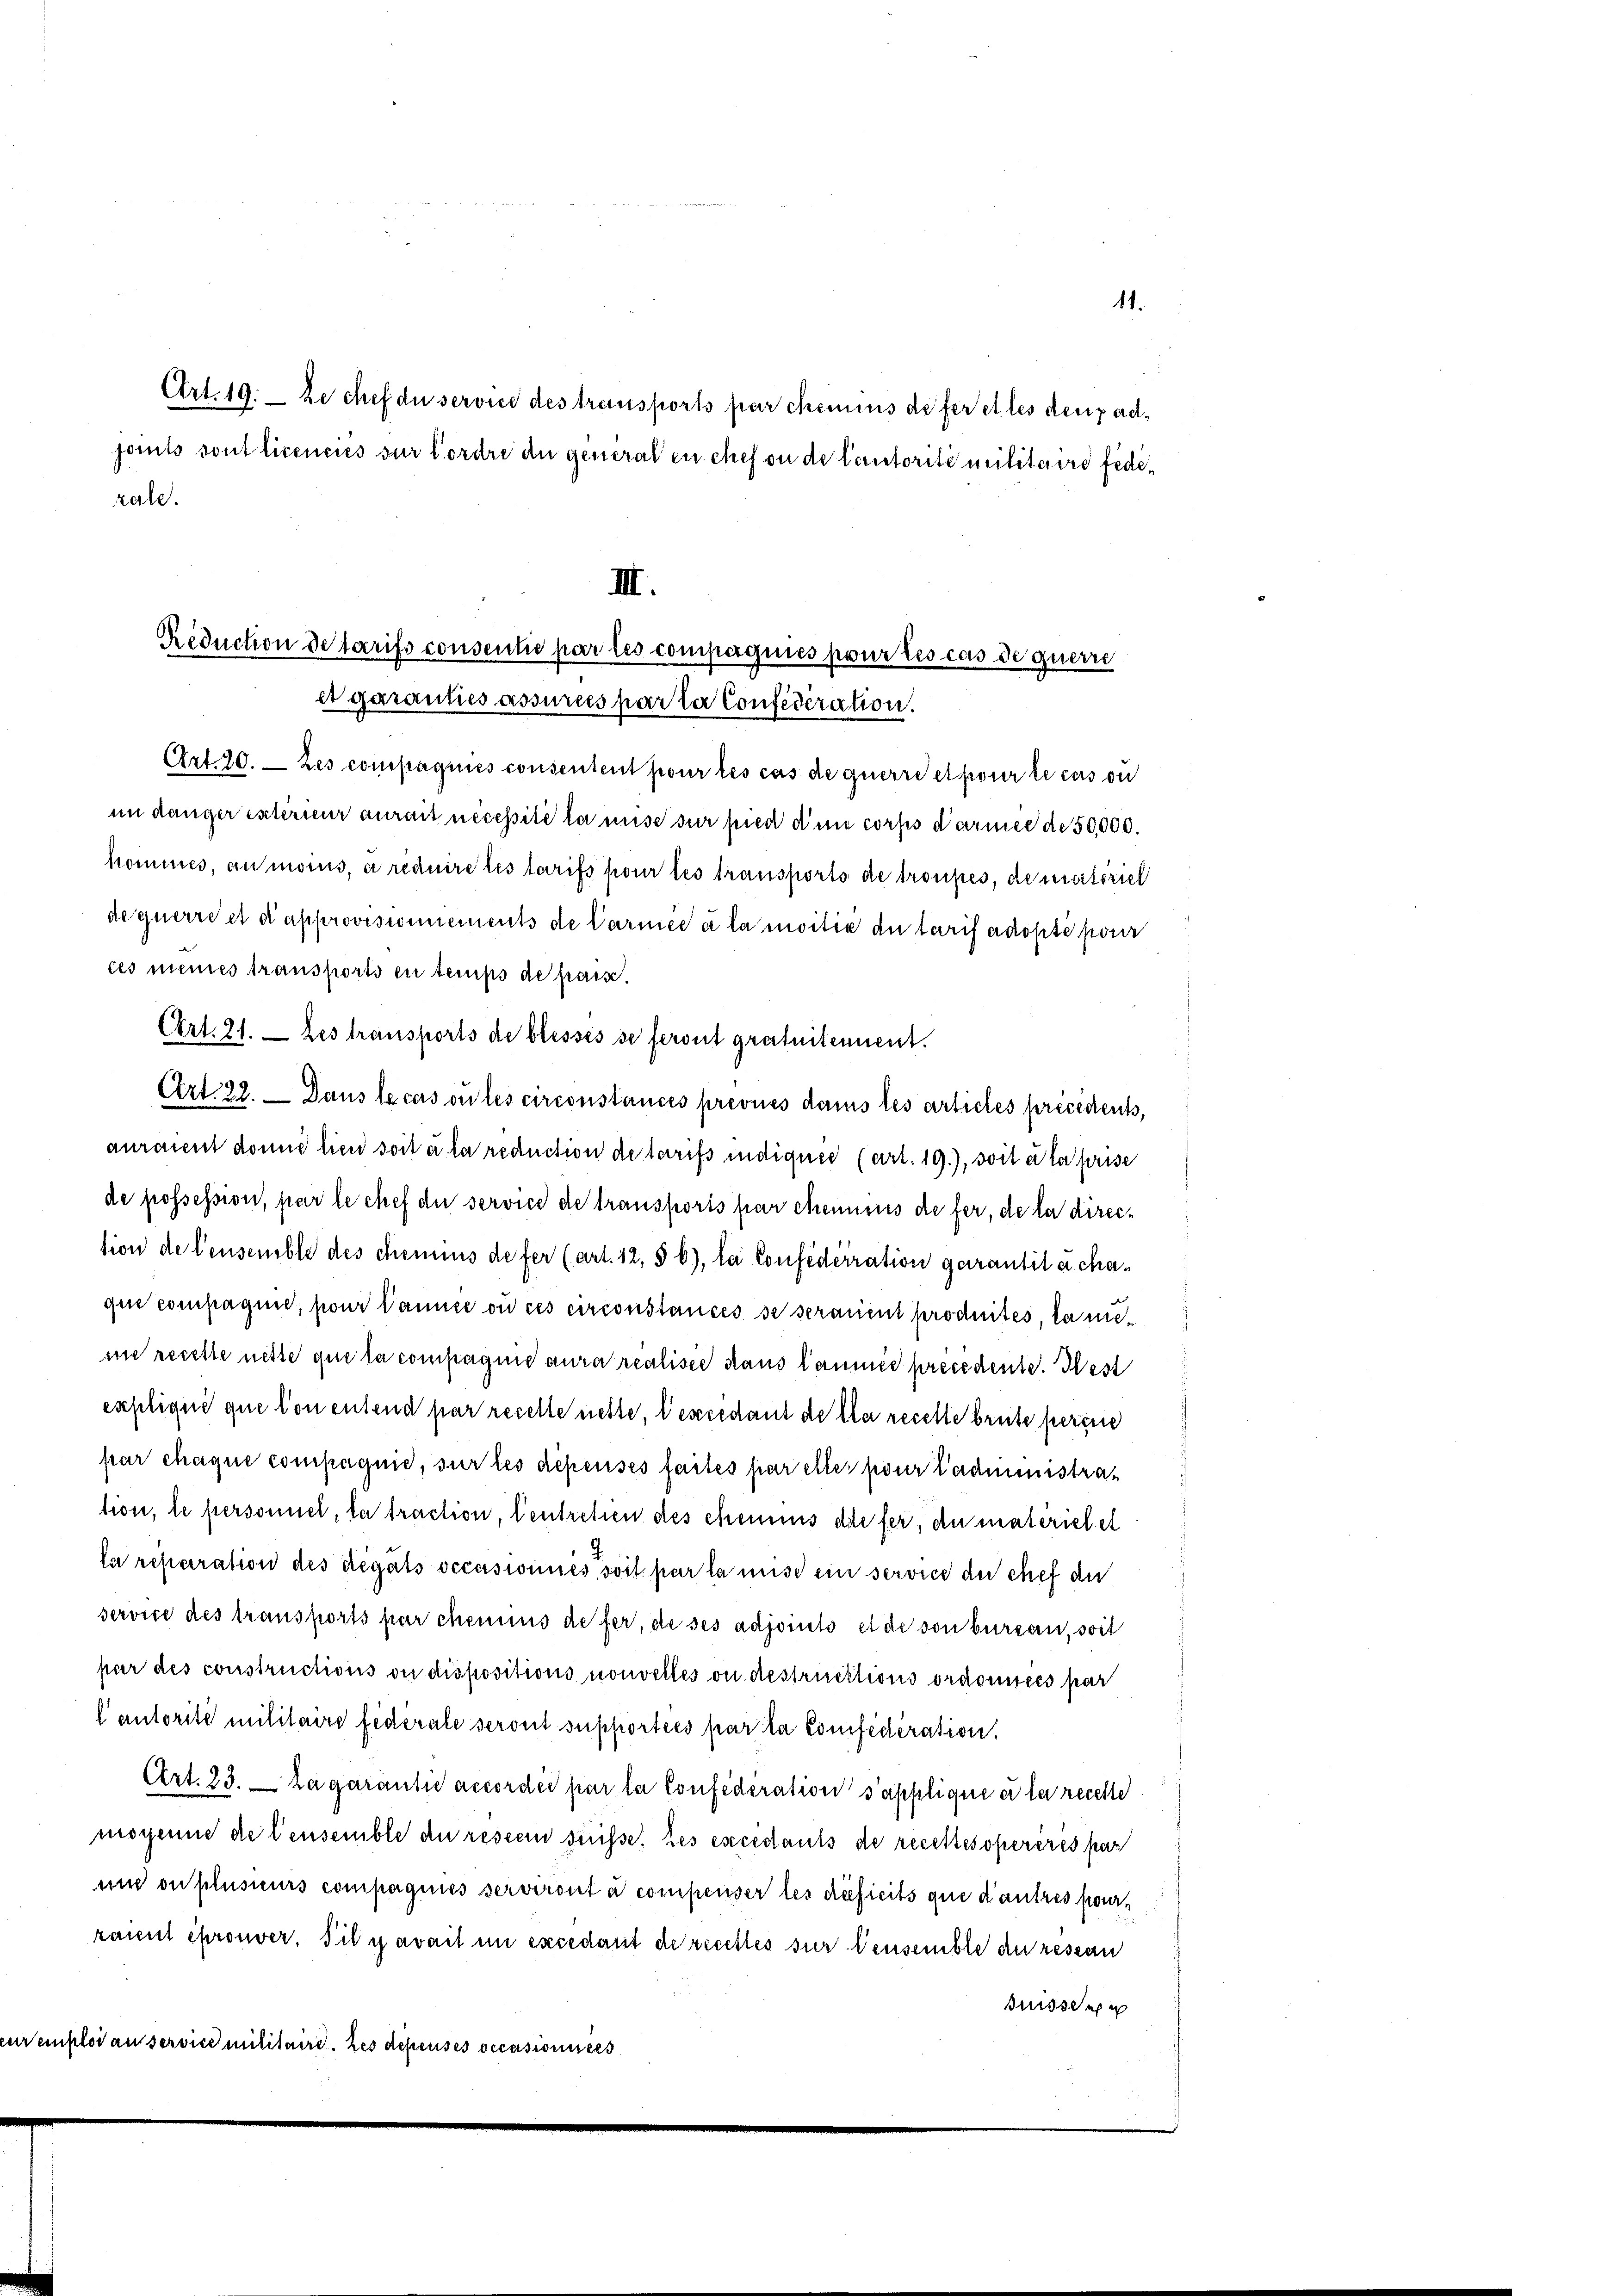
Art. 19. Le chef du service des transports par chemins de fer et les denpadjoints sont licenciés sur Cordre du general en chef ou de Cautorité militaire fede¬
Art. 20. — Les compagnies consentent pour les cas de guerre et pour le cas ou
im danger extérieur aurait necessité la mise sur pied die corps darmee de 50000.
hommes, au moins, a reduire les tarifs pour les transports de troupes, de materiel
de querre et d’approvisionnements de Carmee à la moitié du tarif adopté pour
ces meines transports en temps de pass.
CArt. 21. — Les transports de blosses se feront gratuitement.
Art. 22. Dans le cas ou les circonstances prévues dans les articles précédents,
auraient donne lien soit à la reduction de tarifs indiquer (art. 19.), soit à la prise
de possession, par le chef die service de transports par chemnis de fer, de la direction de Censemble des chemius de fer (art. 12, § 6), la Confiderration garantita chaque compagnie, pour kannte ou ces circonstances se seraient produites, la nieme recette nette que la compagnie aura realisie dans laumes precedente. West
explique que von entend par recelle nette, l’eseccedant de la recelle brute perine
par chaque compagnie, sur les dépenses faites par elle pour administration, le personnel, la traction, Centreten des chemnis die fer, du materiel et
la reparation des Legats occasionnés, soit par la mise ein service du chef de
service des transports par chemnus de fer, de ses adjoints et de son bureau, soit
par des constructions ou dispositions nouvelles ou destrucktions ordomices par
l autorité militaire fédérale seront supportées par la Considération.
Art. 23. La garantie accordée par la Confederation s’applique er la recette
mogenie de lensemble de restein süße. Les esecedants de recettesopereres par
und ou plusieurs compagnies serviront à compenser les dieficits que d’autres pourraient éprouver. Sil y avait in excédant de recettes sur densemble an ressan
drissen
uremploi au service militaire. Les dépensés occasioniers

zale.

III.
Reduction de tarifs consentie par les compagnies pour les cas de querre
et garanties assurées par ler Confederation.

11.